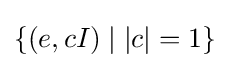
\{(e,cI)\mid |c|=1\}